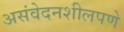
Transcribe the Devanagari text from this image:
असंवेदनशीलपणे